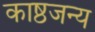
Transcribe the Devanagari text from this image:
काष्ठजन्य